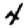
Digit: 4